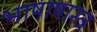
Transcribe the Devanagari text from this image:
भाषाषास्त्र